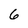
Character: 6